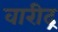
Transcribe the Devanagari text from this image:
वारीद्र